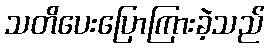
သတိပေးပြောကြားခဲ့သည်